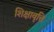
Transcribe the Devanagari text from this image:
शिक्षावृत्ति